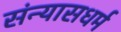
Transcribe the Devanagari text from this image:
संन्यासधर्म